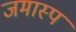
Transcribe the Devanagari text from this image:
जमास्प